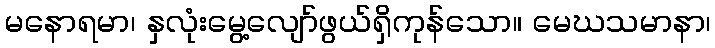
မနောရမာ၊ နှလုံးမွေ့လျော်ဖွယ်ရှိကုန်သော။ မေဃသမာနာ၊